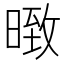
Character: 𭧇